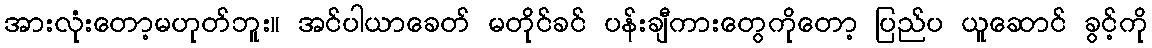
အားလုံးတော့မဟုတ်ဘူး။ အင်ပါယာခေတ် မတိုင်ခင် ပန်းချီကားတွေကိုတော့ ပြည်ပ ယူဆောင် ခွင့်ကို